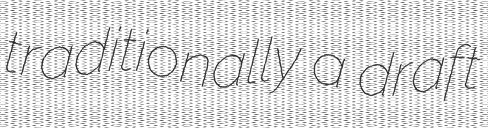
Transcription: traditionally a draft